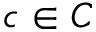
c \in C